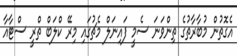
އެގޮތުން މުބާރާތުގެ ތިންވަނަ ސެމީ ފައިނަލް މެޗުގައި މިރޭ ކްލަބް ތްރީ ސްޓާއާ